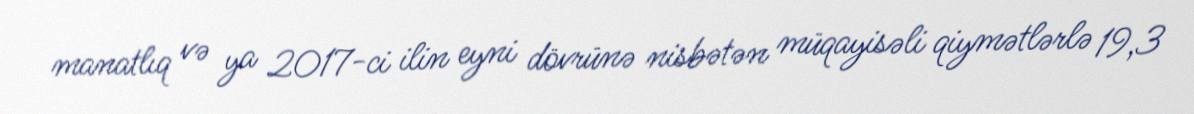
manatlıq və ya 2017-ci ilin eyni dövrünə nisbətən müqayisəli qiymətlərlə 19,3